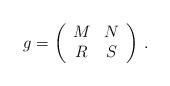
LaTeX: \begin{align*}g=\left(\begin{array}{cc}M&N\\R&S\end{array}\right) \, .\end{align*}